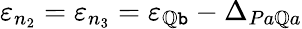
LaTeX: \varepsilon_{n_{2}}=\varepsilon_{n_{3}}=\varepsilon_{\mathbb{Q}\mathtt{b}}-\Delta_{Pa\mathbb{Q}a}